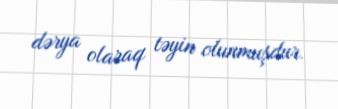
dərya olaraq təyin olunmuşdur.